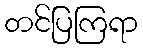
တင်ပြကြရာ